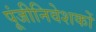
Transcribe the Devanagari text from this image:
पूंजीनिवेशकों